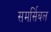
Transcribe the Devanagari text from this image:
समर्सिबल